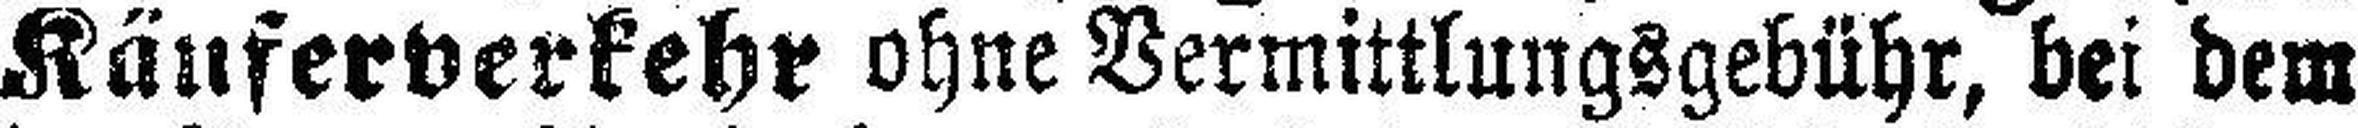
Käuferverkehr ohne Vermittlungsgebühr, bei dem